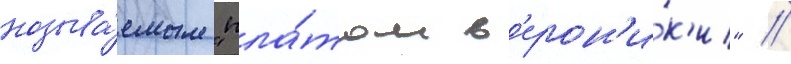
называ́емым "пла́том в'ерон'и́к'и" //